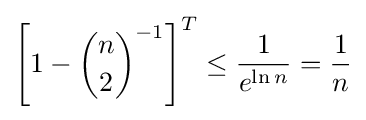
\left[1-{\binom {n}{2}}^{-1}\right]^{T}\leq {\frac {1}{e^{\ln n}}}={\frac {1}{n}}